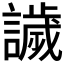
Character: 𧬨